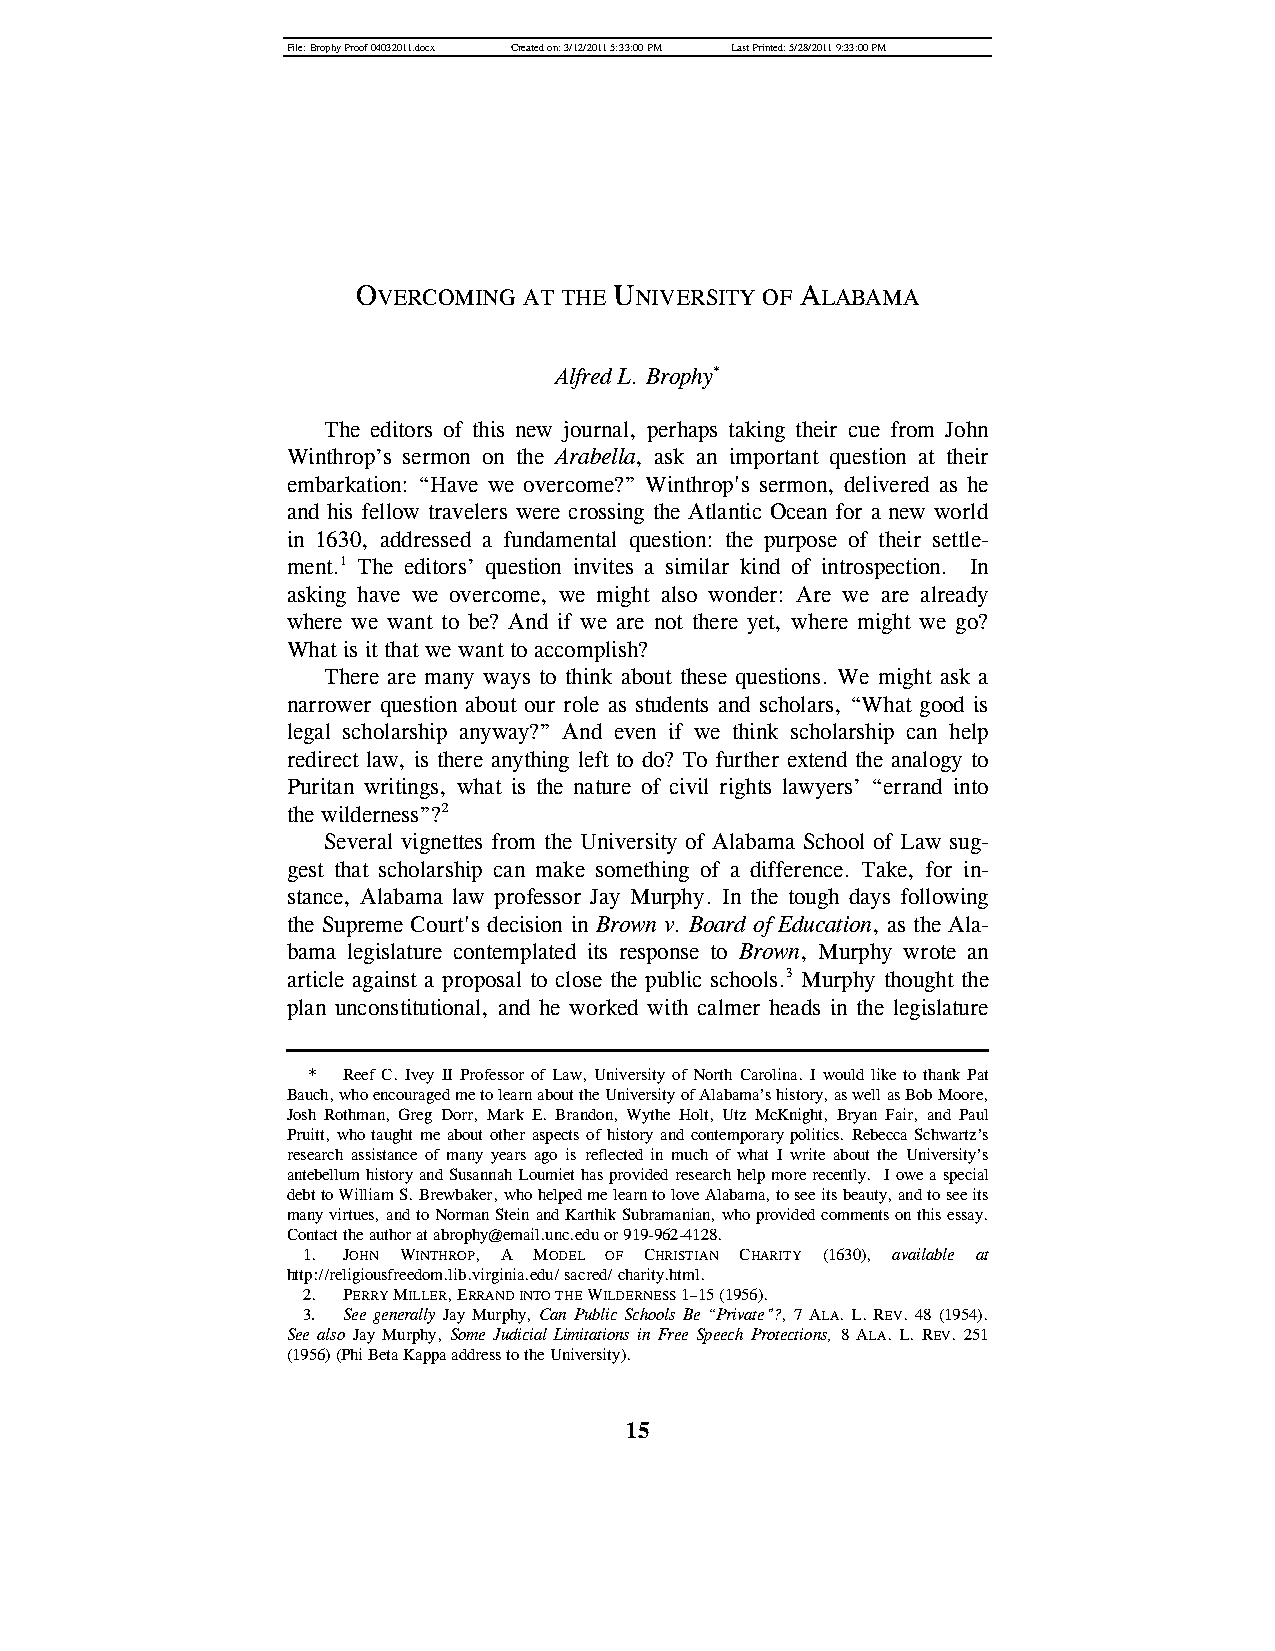
File: Brophy Proof 04032011.docx Created on: 3/12/2011 5:33:00 PM Last Printed: 5/28/2011 9:33:00 PM
 OVERCOMING AT THE UNIVERSITY OF ALABAMA
 Alfred L. Brophy*
 The editors of this new journal, perhaps taking their cue from John
 Winthrop‖s sermon on the Arabella, ask an important question at their
 embarkation: “Have we overcome?” Winthrop's sermon, delivered as he
 and his fellow travelers were crossing the Atlantic Ocean for a new world
 in 1630, addressed a fundamental question: the purpose of their settle-
 ment.1 The editors‖ question invites a similar kind of introspection. In
 asking have we overcome, we might also wonder: Are we are already
 where we want to be? And if we are not there yet, where might we go?
 What is it that we want to accomplish?
 There are many ways to think about these questions. We might ask a
 narrower question about our role as students and scholars, “What good is
 legal scholarship anyway?” And even if we think scholarship can help
 redirect law, is there anything left to do? To further extend the analogy to
 Puritan writings, what is the nature of civil rights lawyers‖ “errand into
 the wilderness”?2
 Several vignettes from the University of Alabama School of Law sug-
 gest that scholarship can make something of a difference. Take, for in-
 stance, Alabama law professor Jay Murphy. In the tough days following
 the Supreme Court's decision in Brown v. Board of Education, as the Ala-
 bama legislature contemplated its response to Brown, Murphy wrote an
 article against a proposal to close the public schools.3 Murphy thought the
 plan unconstitutional, and he worked with calmer heads in the legislature
 *  Reef C. Ivey II Professor of Law, University of North Carolina. I would like to thank Pat
 Bauch, who encouraged me to learn about the University of Alabama‖s history, as well as Bob Moore,
 Josh Rothman, Greg Dorr, Mark E. Brandon, Wythe Holt, Utz McKnight, Bryan Fair, and Paul
 Pruitt, who taught me about other aspects of history and contemporary politics. Rebecca Schwartz‖s
 research assistance of many years ago is reflected in much of what I write about the University‖s
 antebellum history and Susannah Loumiet has provided research help more recently. I owe a special
 debt to William S. Brewbaker, who helped me learn to love Alabama, to see its beauty, and to see its
 many virtues, and to Norman Stein and Karthik Subramanian, who provided comments on this essay.
 Contact the author at abrophy@email.unc.edu or 919-962-4128.
 1. JOHN WINTHROP, A MODEL OF CHRISTIAN CHARITY (1630), available at
 http://religiousfreedom.lib.virginia.edu/ sacred/ charity.html.
 2. PERRY MILLER, ERRAND INTO THE WILDERNESS 1–15 (1956).
 3. See generally Jay Murphy, Can Public Schools Be “Private”?, 7 ALA. L. REV. 48 (1954).
 See also Jay Murphy, Some Judicial Limitations in Free Speech Protections, 8 ALA. L. REV. 251
 (1956) (Phi Beta Kappa address to the University).
 15